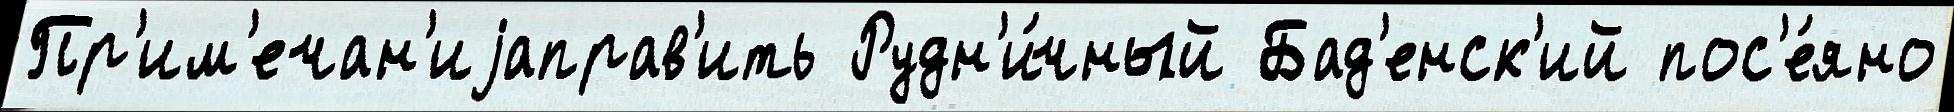
Пр'им'ечан'иjаправ'ить Рудн'и́чный Бад'енск'ий пос'е́яно